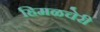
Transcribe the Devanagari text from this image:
हिमळचेरी